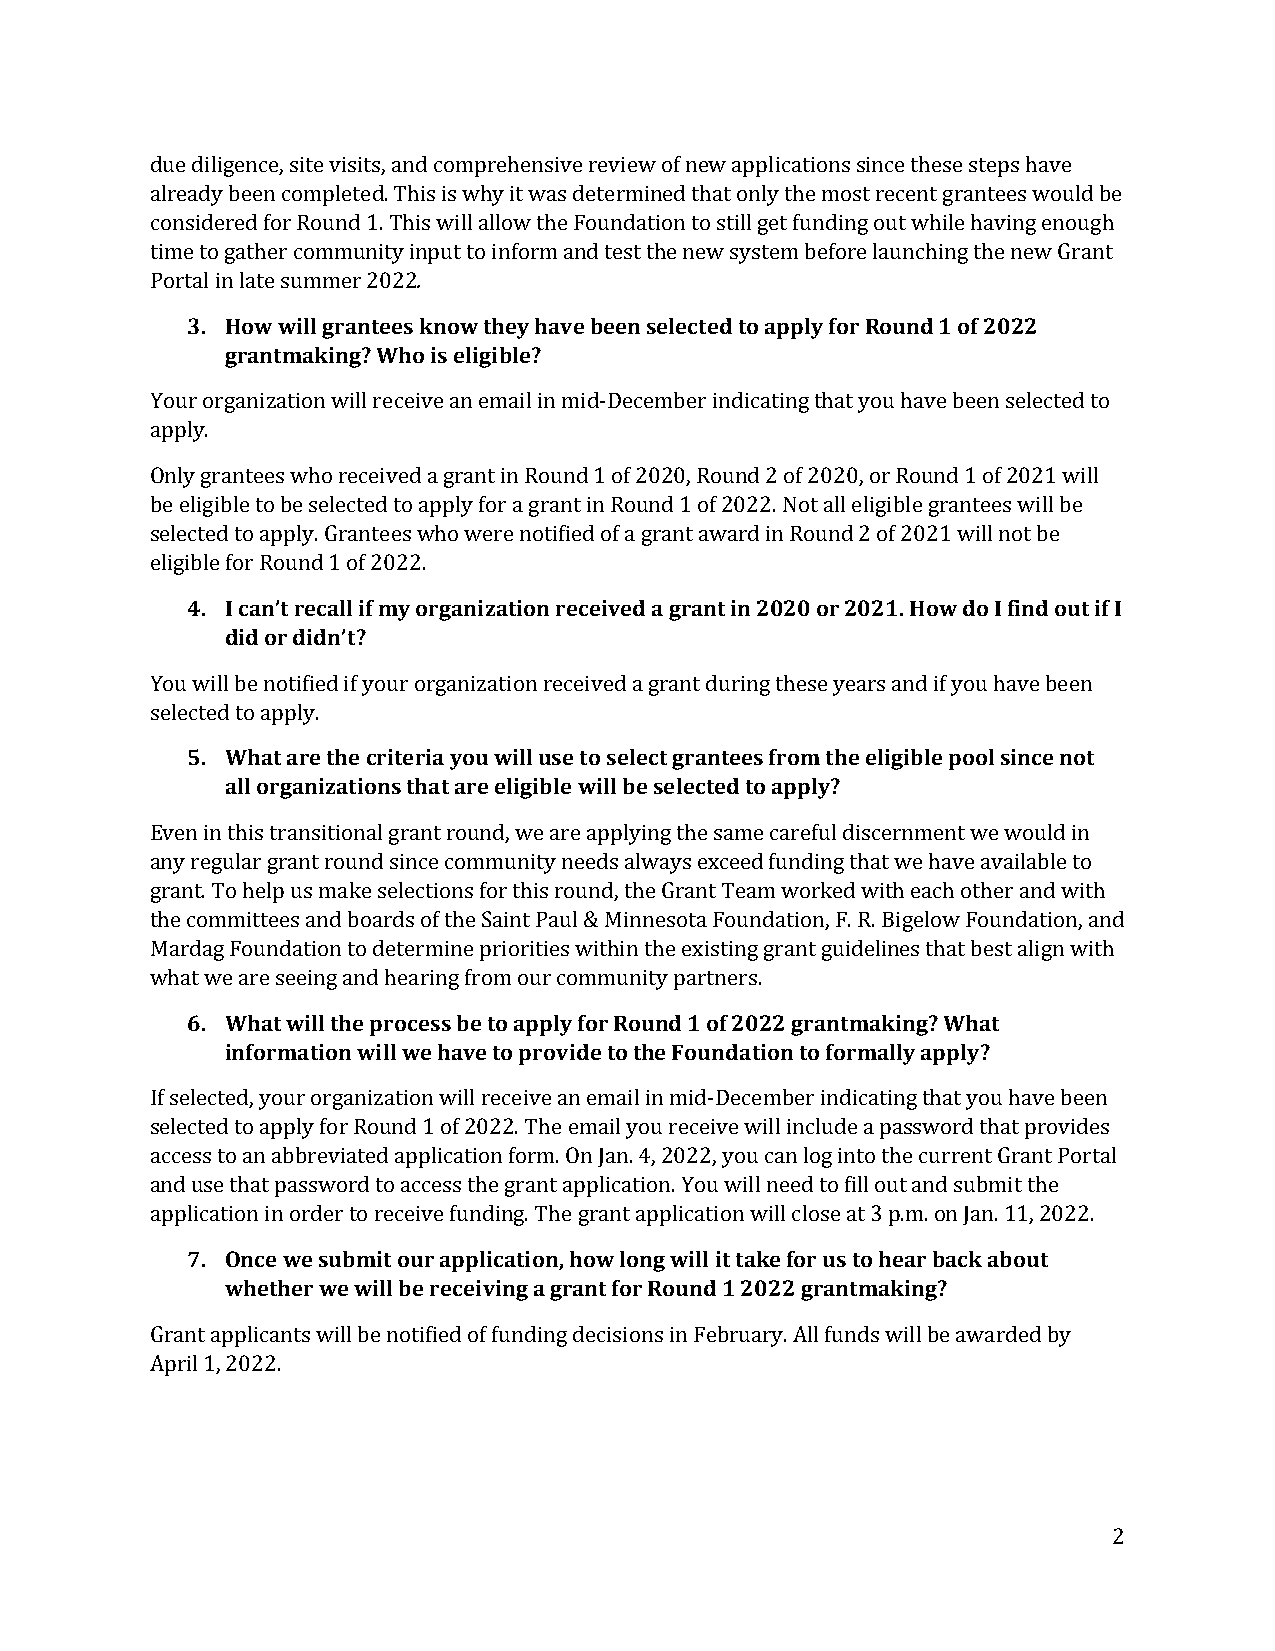
due diligence, site visits, and comprehensive review of new applications since these steps have
 already been completed. This is why it was determined that only the most recent grantees would be
 considered for Round 1. This will allow the Foundation to still get funding out while having enough
 .
 time to gather community input to inform and test the new system before launching the new Grant
 Port3a.l inH loawte wsuimll mgrearn 2t0ee2s2 k now they have been selected to apply for Round 1 of 2022
 grantmaking? Who is eligible?
 Your organization will receive an email in mid-December indicating that you have been selected to
 apply.
 Only grantees who received a grant in Round 1 of 2020, Round 2 of 2020, or Round 1 of 2021 will
 be eligible to be selected to apply for a grant in Round 1 of 2022. Not all eligible grantees will be
 selected to apply. Grantees who were notified of a grant award in Round 2 of 2021 will not be
 eligi4b.l e If ocra Rno’tu rnedc a1l lo iff 2 m02y2 o. rganization received a grant in 2020 or 2021. How do I find out if I
 did or didn’t?
 You will be notified if your organization received a grant during these years and if you have been
 sele5ct.e dW toh aapt palrye. the criteria you will use to select grantees from the eligible pool since not
 all organizations that are eligible will be selected to apply?
 Even in this transitional grant round, we are applying the same careful discernment we would in
 any regular grant round since community needs always exceed funding that we have available to
 grant. To help us make selections for this round, the Grant Team worked with each other and with
 the committees and boards of the Saint Paul & Minnesota Foundation, F. R. Bigelow Foundation, and
 Mardag Foundation to determine priorities within the existing grant guidelines that best align with
 wha6t .w eW ahrea ts eweiilnl gt haen dp rhoecaerisnsg b fero tmo aopupr lcyo fmomr Ruonuitny dp a1r tonfe 2r0s.2 2 grantmaking? What
 information will we have to provide to the Foundation to formally apply?
 If selected, your organization will receive an email in mid-December indicating that you have been
 selected to apply for Round 1 of 2022. The email you receive will include a password that provides
 access to an abbreviated application form. On Jan. 4, 2022, you can log into the current Grant Portal
 and use that password to access the grant application. You will need to fill out and submit the
 appl7ic. atOionnc ien w ored seurb tmo riet coeuivre a fpupnldicinagti. oTnh,e h gorwan lto anpgp wliciallt iiot nta wkiell fcolro sues a tto 3 h pe.amr. boanc Jkan a.b 1o1u, t2 022.
 whether we will be receiving a grant for Round 1 2022 grantmaking?
 Grant applicants will be notified of funding decisions in February. All funds will be awarded by
 April 1, 2022.
 2